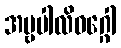
အမ္ဗပါလိဝဂ္ဂေါ